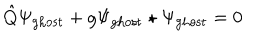
LaTeX: \hat { Q } \Psi _ { \mathrm { g h o s t } } + g \Psi _ { \mathrm { g h o s t } } \star \Psi _ { \mathrm { g h o s t } } = 0